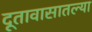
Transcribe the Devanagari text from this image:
दूतावासातल्या